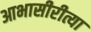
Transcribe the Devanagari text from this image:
आभासीरीत्या